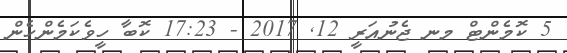
5 ކޮމެންޓް މނ ޖެނުއަރީ 12